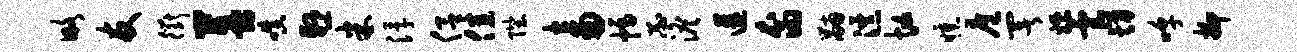
略友衢菩嗔悬米浮侣佳陛畜幅忐澹遘裔黼瀑忙曛扈署嫖虐切嗥抑